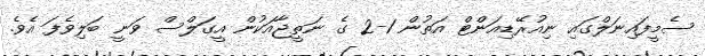
ސެމީފައިނަލްގައި ނިއުރޭޑިއަންޓް އަތުން 1-2 ގެ ނަތީޖާއަކުން އީގަލްސް ވަނީ ބަލިވެފަ އެވެ.